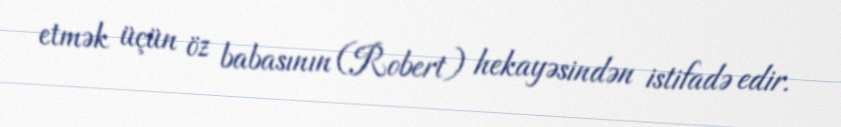
etmək üçün öz babasının (Robert) hekayəsindən istifadə edir.